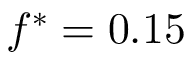
f ^ { * } = 0 . 1 5